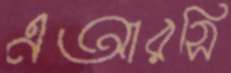
এআরসি